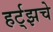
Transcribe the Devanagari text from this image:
हर्ट्‌झचे